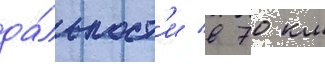
да́льност'и в 70 км